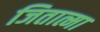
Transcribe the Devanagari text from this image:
जितात्मा